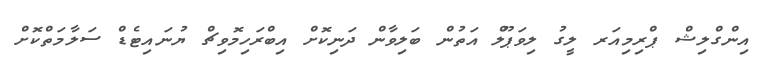
އިންގްލިޝް ޕްރިމިއަރ ލީގު ލިވަޕޫލް އަތުން ބަލިވާން ދަނިކޮށް އިބްރަހިމޮވިޗް ޔުނައިޓެޑް ސަލާމަތްކޮށް